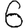
Digit: 6